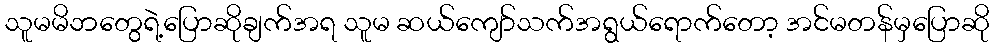
သူမမိဘတွေရဲ့ပြောဆိုချက်အရ သူမ ဆယ်ကျော်သက်အရွယ်ရောက်တော့ အင်မတန်မှပြောဆို